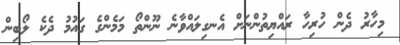
މިހާރު ދެން ހުރިހާ ރައްޔިތުންނަށް އެނގިލައްވާނެ ނޫންތޯ މަމެންގެ ގައުމު ދެކެ ލޯބިން